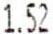
1.52